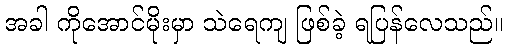
အခါ ကိုအောင်မိုးမှာ သဲရေကျ ဖြစ်ခဲ့ ရပြန်လေသည်။